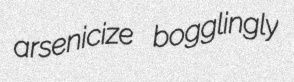
arsenicize bogglingly